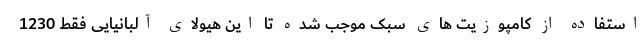
استفاده از کامپوزیت های سبک موجب شده تا این هیولای آلبانیایی فقط 1230